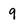
Character: 9